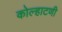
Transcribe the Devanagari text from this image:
कोल्हाटणी